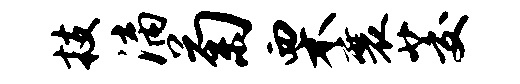
技漓菊栗襄茭